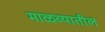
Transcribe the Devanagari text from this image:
माळव्यातील